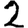
Digit: 2